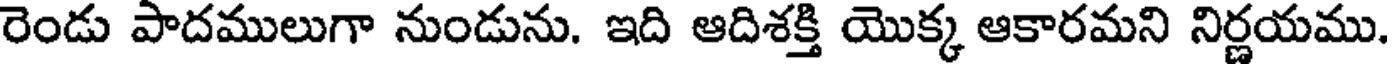
రెండు పాదములుగా నుండును. ఇది ఆదిశక్తి యొక్క ఆకారమని నిర్ణయము.